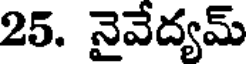
25. నైవేద్యమ్